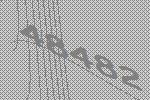
48482